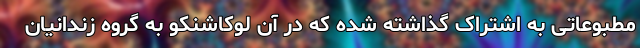
مطبوعاتی به اشتراک گذاشته شده که در آن لوکاشنکو به گروه زندانیان